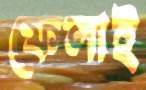
ফেলাই